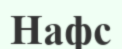
Нафс